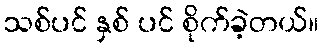
သစ်ပင် နှစ် ပင် စိုက်ခဲ့တယ်။